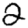
Digit: 2